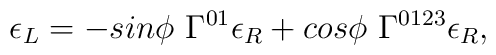
\epsilon_L = - sin\phi ~\Gamma^{0 1} \epsilon_R               + cos \phi ~\Gamma^{0 1 2 3} \epsilon_R, \\